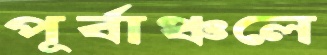
পূর্বাঞ্চলে